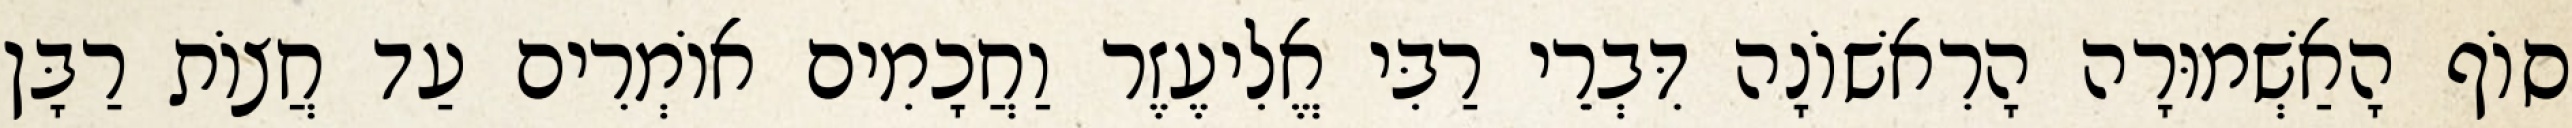
סוֹף הָאַשְׁמוּרָה הָרִאשׁוֹנָה דִּבְרֵי רַבִּי אֱלִיעֶזֶר וַחֲכָמִים אוֹמְרִים עַד חֲצוֹת רַבָּן